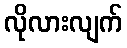
လိုလားလျက်